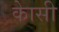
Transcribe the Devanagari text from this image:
काेसी